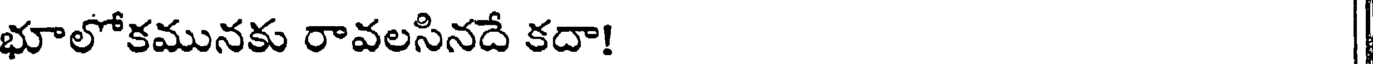
భూలోకమునకు రావలసినదే కదా! |